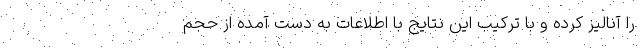
را آنالیز کرده و با ترکیب این نتایج با اطلاعات به دست آمده از حجم